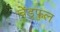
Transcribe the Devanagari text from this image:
चेंडूफुल